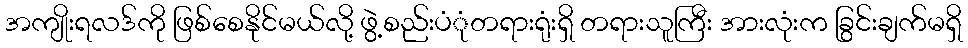
အကျိုးရလဒ်ကို ဖြစ်စေနိုင်မယ်လို့ ဖွဲ့စည်းပံုံတရားရုံးရှိ တရားသူကြီး အားလုံးက ခြွင်းချက်မရှိ